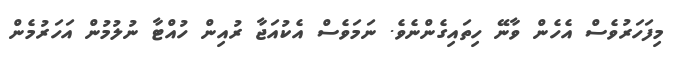
މިފަހަރުވެސް އެހެން ވާނޭ ހިތައިގެންނެވެ. ނަމަވެސް އެކުއަޖާ ރުއިން ހުއްޓާ ނުލުމުން އަހަރުމެން